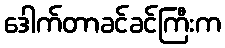
ဒေါက်တာခင်ခင်ကြီးက